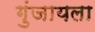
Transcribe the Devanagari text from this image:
गुंजायला